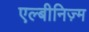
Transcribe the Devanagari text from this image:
एल्बीनिज़्म